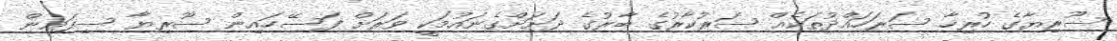
ސޫރިޔާގެ ހުރިހާ ސަރަހައްދުތަކެއް ސަރުކާރުގެ ބާރުގެ ދަށަށްގެނައުމަކީ ވަރަށް ފަސޭހައިން ސޫރިޔާ ސިފައިން